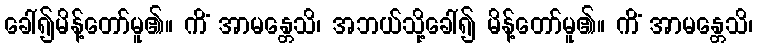
ခေါ်၍မိန့်တော်မူ၏။ ကိံ အာမန္တေသိ၊ အဘယ်သို့ခေါ်၍ မိန့်တော်မူ၏။ ကိံ အာမန္တေသိ၊